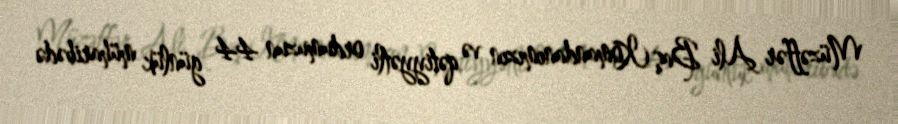
Müzəffər Ali Baş Komandanımızın və qətiyyətli ordumuzun 44 günlük müharibədə